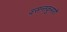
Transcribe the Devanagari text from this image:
वसन्तकुमारी